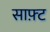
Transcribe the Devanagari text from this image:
साफ़्ट